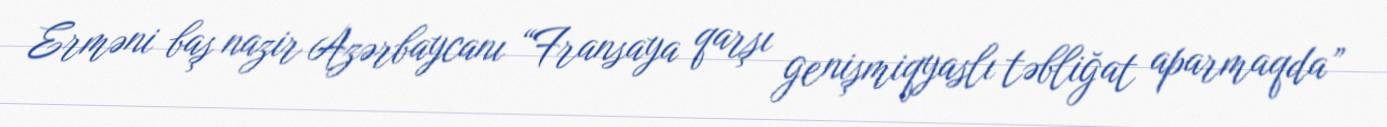
Erməni baş nazir Azərbaycanı “Fransaya qarşı genişmiqyaslı təbliğat aparmaqda”